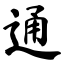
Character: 通